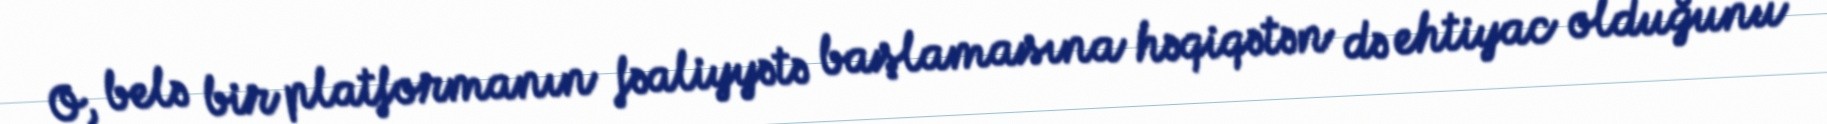
O, belə bir platformanın fəaliyyətə başlamasına həqiqətən də ehtiyac olduğunu